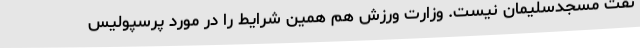
نفت مسجدسلیمان نیست. وزارت ورزش هم همین شرایط را در مورد پرسپولیس